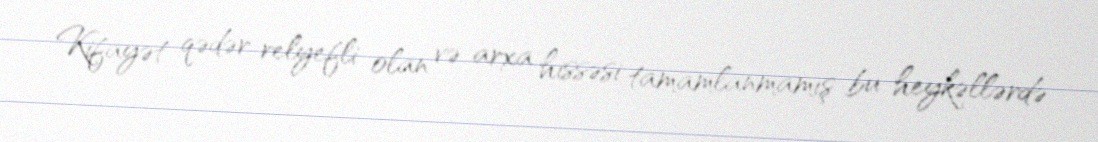
Kifayət qədər relyefli olan və arxa hissəsi tamamlanmamış bu heykəllərdə